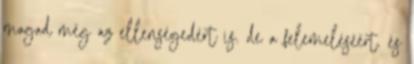
magad még az ellenségedért is. de a felemeléséért. és